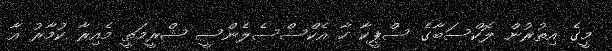
މީގެ އިތުރުން ލޮކްސަބާގެ ސްޕީކާ ހާ އެކްސްސެލެންސީ ޝްރީމަތީ މެއިރާ ކުމާރު އާ